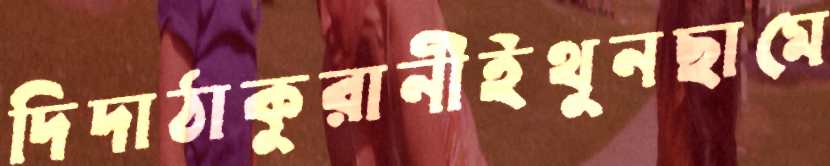
দিদাঠাকুরানীইথুনছামে